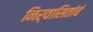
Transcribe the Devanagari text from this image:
निर्वासितांचं